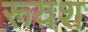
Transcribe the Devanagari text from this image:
रूयश